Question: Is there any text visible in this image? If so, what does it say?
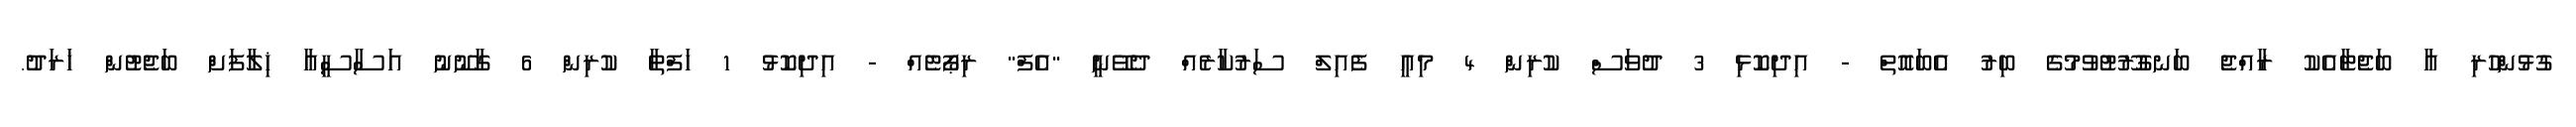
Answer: ގުޅުންހުރި އާ ބަޖެޓާއެކު ރާއްޖެ ބަނގުރޫޓުވުމުގެ ބިރު އެބައޮތް - އިދިކޮޅި 3 ދުވަސް ކުރިން 4 މިއީ ފެއިލް ސަރުކާރެއް ދެވޭނީ "އެފް" ރިޕޯޓެއް - އިދިކޮޅު 1 ހަފްތާ ކުރިން 6 ގާނޫނު އަސާސީއާ ޚިލާފަށް ބަޖެޓުން ޚަރަދު.